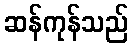
ဆန်ကုန်သည်